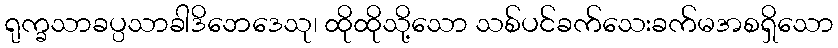
ရုက္ခသာခပ္ပသာခါဒိဘေဒေသု၊ ထိုထိုသို့သော သစ်ပင်ခက်သေးခက်မအစရှိသော